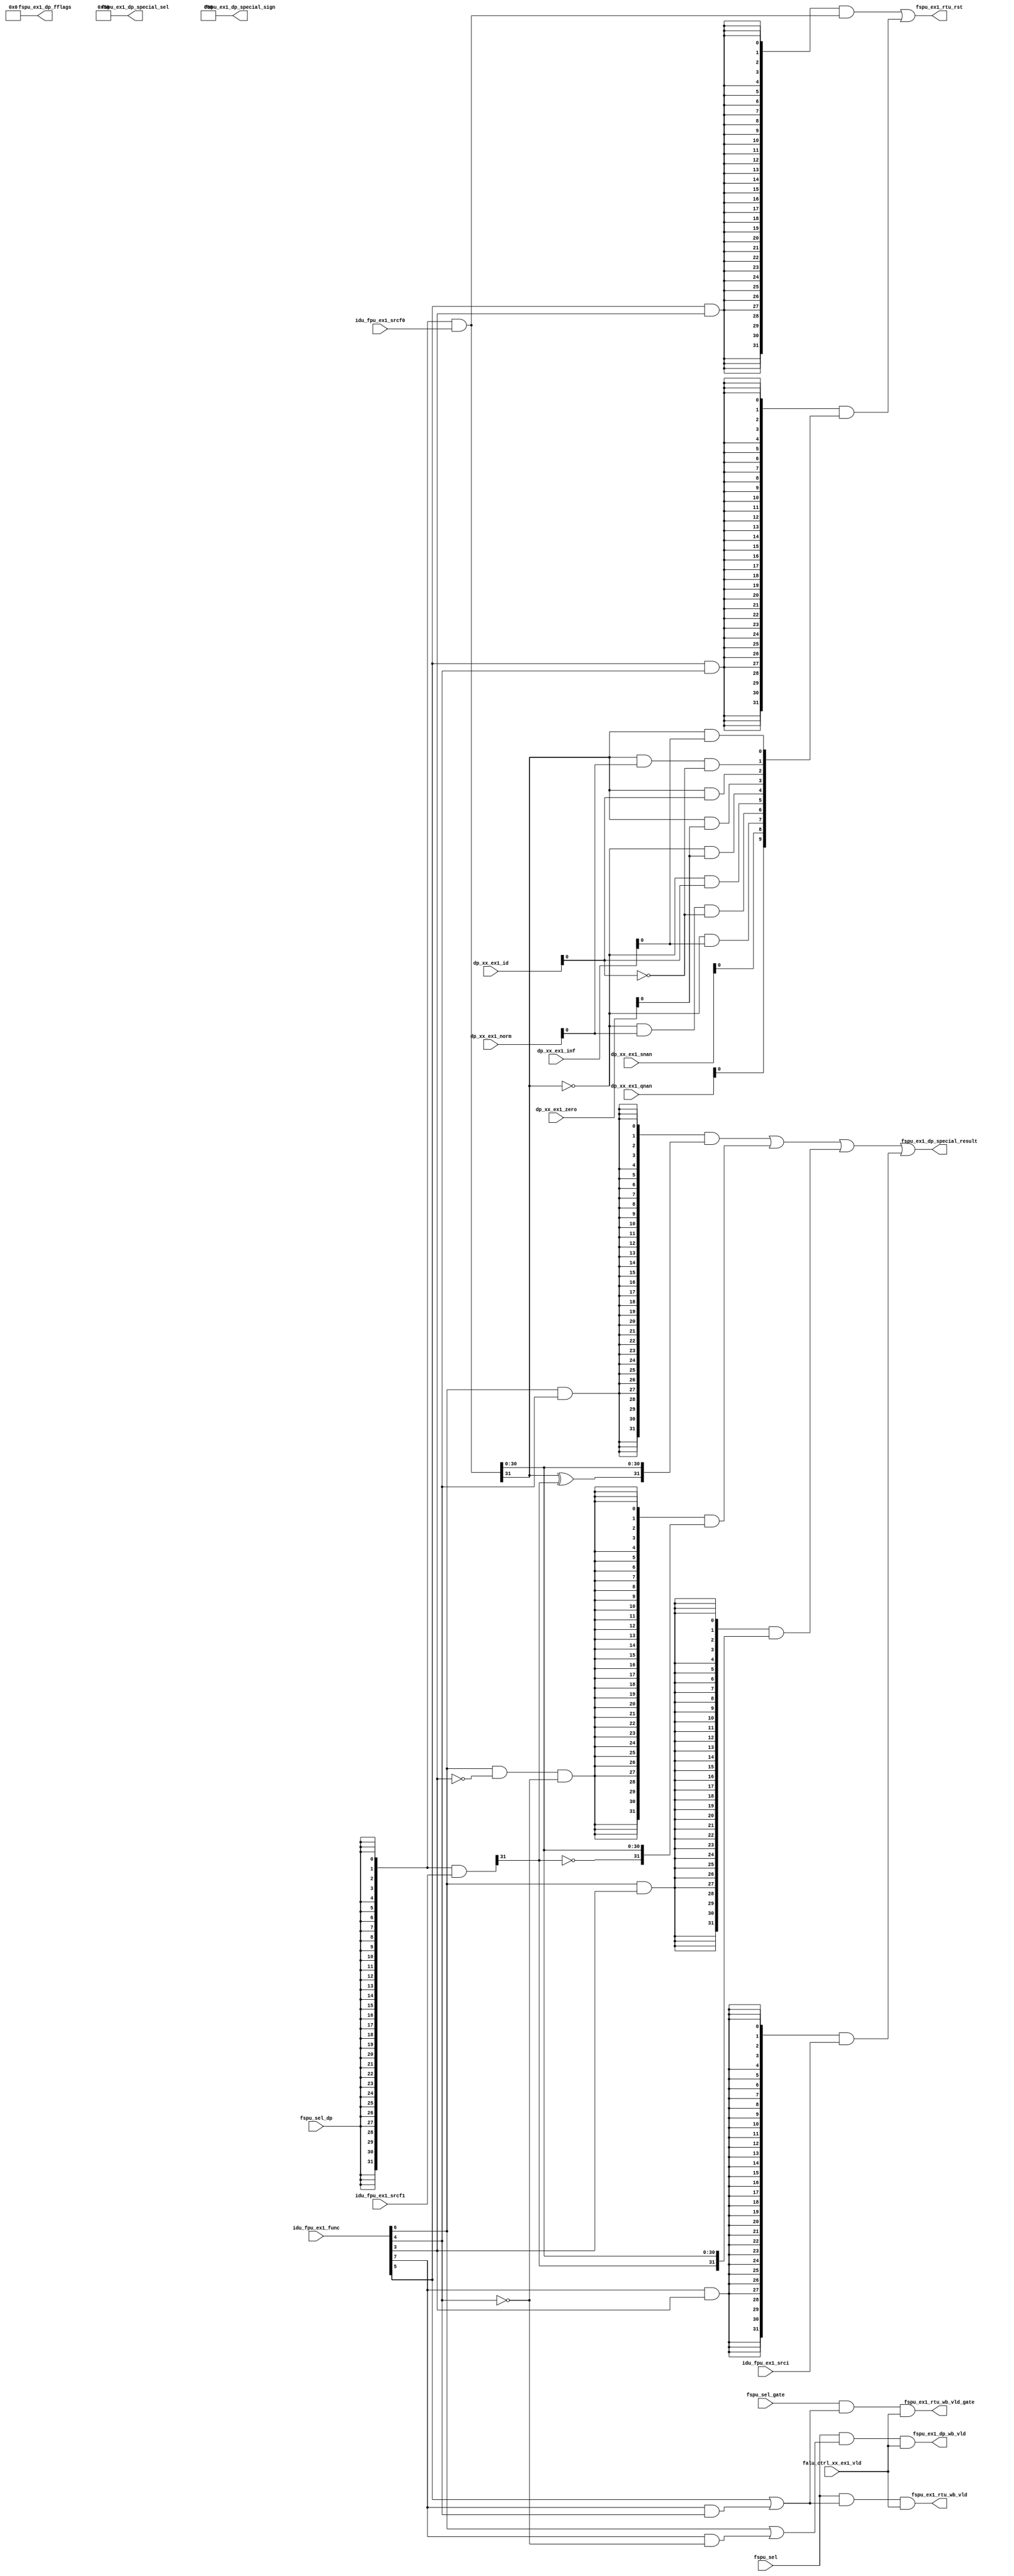
// This program was cloned from: https://github.com/T-head-Semi/opene906
// License: Apache License 2.0

/*Copyright 2020-2021 T-Head Semiconductor Co., Ltd.

Licensed under the Apache License, Version 2.0 (the "License");
you may not use this file except in compliance with the License.
You may obtain a copy of the License at

    http://www.apache.org/licenses/LICENSE-2.0

Unless required by applicable law or agreed to in writing, software
distributed under the License is distributed on an "AS IS" BASIS,
WITHOUT WARRANTIES OR CONDITIONS OF ANY KIND, either express or implied.
See the License for the specific language governing permissions and
limitations under the License.
*/

// &ModuleBeg; @23
module pa_fspu_single(
  dp_xx_ex1_id,
  dp_xx_ex1_inf,
  dp_xx_ex1_norm,
  dp_xx_ex1_qnan,
  dp_xx_ex1_snan,
  dp_xx_ex1_zero,
  falu_ctrl_xx_ex1_vld,
  fspu_ex1_dp_fflags,
  fspu_ex1_dp_special_result,
  fspu_ex1_dp_special_sel,
  fspu_ex1_dp_special_sign,
  fspu_ex1_dp_wb_vld,
  fspu_ex1_rtu_rst,
  fspu_ex1_rtu_wb_vld,
  fspu_ex1_rtu_wb_vld_gate,
  fspu_sel,
  fspu_sel_dp,
  fspu_sel_gate,
  idu_fpu_ex1_func,
  idu_fpu_ex1_srcf0,
  idu_fpu_ex1_srcf1,
  idu_fpu_ex1_srci
);

// &Ports; @24
input   [2 :0]  dp_xx_ex1_id;              
input   [2 :0]  dp_xx_ex1_inf;             
input   [2 :0]  dp_xx_ex1_norm;            
input   [2 :0]  dp_xx_ex1_qnan;            
input   [2 :0]  dp_xx_ex1_snan;            
input   [2 :0]  dp_xx_ex1_zero;            
input           falu_ctrl_xx_ex1_vld;      
input           fspu_sel;                  
input           fspu_sel_dp;               
input           fspu_sel_gate;             
input   [9 :0]  idu_fpu_ex1_func;          
input   [31:0]  idu_fpu_ex1_srcf0;         
input   [31:0]  idu_fpu_ex1_srcf1;         
input   [31:0]  idu_fpu_ex1_srci;          
output  [4 :0]  fspu_ex1_dp_fflags;        
output  [31:0]  fspu_ex1_dp_special_result; 
output  [7 :0]  fspu_ex1_dp_special_sel;   
output  [2 :0]  fspu_ex1_dp_special_sign;  
output          fspu_ex1_dp_wb_vld;        
output  [31:0]  fspu_ex1_rtu_rst;          
output          fspu_ex1_rtu_wb_vld;       
output          fspu_ex1_rtu_wb_vld_gate;  

// &Regs; @25

// &Wires; @26
wire    [2 :0]  dp_xx_ex1_id;              
wire    [2 :0]  dp_xx_ex1_inf;             
wire    [2 :0]  dp_xx_ex1_norm;            
wire    [2 :0]  dp_xx_ex1_qnan;            
wire    [2 :0]  dp_xx_ex1_snan;            
wire    [2 :0]  dp_xx_ex1_zero;            
wire    [31:0]  ex1_class_r;               
wire            ex1_dest_f;                
wire            ex1_dest_i;                
wire    [31:0]  ex1_f_rst;                 
wire    [31:0]  ex1_fmvwx_r;               
wire    [31:0]  ex1_fmvxw_r;               
wire    [31:0]  ex1_fsgnj_r;               
wire    [31:0]  ex1_fsgnjn_r;              
wire    [31:0]  ex1_fsgnjx_r;              
wire    [31:0]  ex1_i_rst;                 
wire    [31:0]  ex1_int_src;               
wire    [31:0]  ex1_op0_single;            
wire    [31:0]  ex1_op1_single;            
wire            ex1_op_class;              
wire            ex1_op_fmvwx;              
wire            ex1_op_fmvxw;              
wire            ex1_op_fsgnj;              
wire            ex1_op_fsgnjn;             
wire            ex1_op_fsgnjx;             
wire    [31:0]  ex1_src0;                  
wire            ex1_src0_dn;               
wire            ex1_src0_inf;              
wire            ex1_src0_norm;             
wire            ex1_src0_qnan;             
wire            ex1_src0_sign;             
wire            ex1_src0_snan;             
wire            ex1_src0_zero;             
wire    [31:0]  ex1_src1;                  
wire            ex1_src1_sign;             
wire            falu_ctrl_xx_ex1_vld;      
wire    [4 :0]  fspu_ex1_dp_fflags;        
wire    [31:0]  fspu_ex1_dp_special_result; 
wire    [7 :0]  fspu_ex1_dp_special_sel;   
wire    [2 :0]  fspu_ex1_dp_special_sign;  
wire            fspu_ex1_dp_wb_vld;        
wire    [31:0]  fspu_ex1_rtu_rst;          
wire            fspu_ex1_rtu_wb_vld;       
wire            fspu_ex1_rtu_wb_vld_gate;  
wire            fspu_sel;                  
wire            fspu_sel_dp;               
wire            fspu_sel_gate;             
wire    [9 :0]  idu_fpu_ex1_func;          
wire    [31:0]  idu_fpu_ex1_srcf0;         
wire    [31:0]  idu_fpu_ex1_srcf1;         
wire    [31:0]  idu_fpu_ex1_srci;          


// &Force("bus", "dp_xx_ex1_snan", 2, 0); @28
// &Force("bus", "dp_xx_ex1_qnan", 2, 0); @29
// &Force("bus", "dp_xx_ex1_norm", 2, 0); @30
// &Force("bus", "dp_xx_ex1_zero", 2, 0); @31
// &Force("bus", "dp_xx_ex1_inf", 2, 0); @32
// &Force("bus", "dp_xx_ex1_id", 2, 0); @33
// &Force("bus", "idu_fpu_ex1_func", 9, 0); @34


//------------------------------------------------------------------------------
//                           Interface with idu and fpu:
//------------------------------------------------------------------------------
assign ex1_src0[31:0]    = {32{fspu_sel_dp}} & idu_fpu_ex1_srcf0[31:0];
assign ex1_src1[31:0]    = {32{fspu_sel_dp}} & idu_fpu_ex1_srcf1[31:0];
assign ex1_int_src[31:0] = idu_fpu_ex1_srci[31:0];
//assign fspu_sel          = ctrl_falu_ex1_sel && idu_fpu_ex1_func[2];
//assign fspu_ex1_sel      = fspu_sel;
assign ex1_op_fsgnjx     = idu_fpu_ex1_func[6] &&  idu_fpu_ex1_func[4];
assign ex1_op_fsgnjn     = idu_fpu_ex1_func[6] && !idu_fpu_ex1_func[3] && !idu_fpu_ex1_func[4];
assign ex1_op_fsgnj      = idu_fpu_ex1_func[6] &&  idu_fpu_ex1_func[3];
assign ex1_op_fmvwx      = idu_fpu_ex1_func[7] &&  idu_fpu_ex1_func[3];
assign ex1_op_fmvxw      = idu_fpu_ex1_func[5] &&  idu_fpu_ex1_func[3];
assign ex1_op_class      = idu_fpu_ex1_func[5] &&  idu_fpu_ex1_func[4];
assign ex1_dest_f        = idu_fpu_ex1_func[6] ||  idu_fpu_ex1_func[7] && !idu_fpu_ex1_func[4];
assign ex1_dest_i        = idu_fpu_ex1_func[5] ||  idu_fpu_ex1_func[7] &&  idu_fpu_ex1_func[4];

assign ex1_src0_snan     = dp_xx_ex1_snan[0];
assign ex1_src0_qnan     = dp_xx_ex1_qnan[0];
assign ex1_src0_norm     = dp_xx_ex1_norm[0];
assign ex1_src0_zero     = dp_xx_ex1_zero[0];
assign ex1_src0_inf      = dp_xx_ex1_inf[0];
assign ex1_src0_dn       = dp_xx_ex1_id[0];
assign ex1_src0_sign     = ex1_op0_single[31];
assign ex1_src1_sign     = ex1_op1_single[31];

assign ex1_op0_single[31:0] = ex1_src0[31:0];
assign ex1_op1_single[31:0] = ex1_src1[31:0];


//------------------------------------------------------------------------------
//                           FCLASS Instruction:
//------------------------------------------------------------------------------
//class: r[9:0] = {qnan, snan, +inf, +nm, +dn, +0, -0, -dn, -nm, -inf}
assign ex1_class_r[31:0] = {
                            22'b0,
                            ex1_src0_qnan,
                            ex1_src0_snan,
                           !ex1_src0_sign && ex1_src0_inf,
                           !ex1_src0_sign && ex1_src0_norm && !ex1_src0_dn,
                           !ex1_src0_sign && ex1_src0_dn,
                           !ex1_src0_sign && ex1_src0_zero,
                            ex1_src0_sign && ex1_src0_zero,
                            ex1_src0_sign && ex1_src0_dn,
                            ex1_src0_sign && ex1_src0_norm && !ex1_src0_dn,
                            ex1_src0_sign && ex1_src0_inf};


//------------------------------------------------------------------------------
//                           FSGNJ Instruction:
//------------------------------------------------------------------------------
//fsgnjx : r_s = s0_s ^ s1_s
//fsgnjn : r_s = ~s1_s
//fsgnj  : r_s = s1_s
assign ex1_fsgnjx_r[31:0] = {ex1_src0_sign ^ ex1_src1_sign, ex1_op0_single[30:0]};
assign ex1_fsgnjn_r[31:0] = {~ex1_src1_sign, ex1_op0_single[30:0]};
assign ex1_fsgnj_r[31:0]  = {ex1_src1_sign, ex1_op0_single[30:0]};


//------------------------------------------------------------------------------
//                           FMV Instruction:
//------------------------------------------------------------------------------
//fmv.x.w  : mov low 32bits float to int regsiter
//fmv.w.x  : mov from int register to low 32bit float regsiter
assign ex1_fmvwx_r[31:0]  = ex1_int_src[31:0];
assign ex1_fmvxw_r[31:0]  = ex1_src0[31:0];


//------------------------------------------------------------------------------
//                           Merge float and int result:
//------------------------------------------------------------------------------
assign ex1_f_rst[31:0] = {32{ex1_op_fsgnjx}}  & ex1_fsgnjx_r[31:0] |
                         {32{ex1_op_fsgnjn}}  & ex1_fsgnjn_r[31:0] |
                         {32{ex1_op_fsgnj}}   & ex1_fsgnj_r[31:0]  |
                         {32{ex1_op_fmvwx}}   & ex1_fmvwx_r[31:0];
assign ex1_i_rst[31:0] = {32{ex1_op_fmvxw}}   & ex1_fmvxw_r[31:0]   |
                         {32{ex1_op_class}}   & ex1_class_r[31:0];


//------------------------------------------------------------------------------
//                            Float result rename for output:
//------------------------------------------------------------------------------
assign fspu_ex1_dp_wb_vld  = fspu_sel && ex1_dest_f && falu_ctrl_xx_ex1_vld;
assign fspu_ex1_dp_special_sel[7:0] = {1'b1, 7'b0};
assign fspu_ex1_dp_fflags[4:0] = 5'b0;


//------------------------------------------------------------------------------
//                            Int result rename for output:
//------------------------------------------------------------------------------
assign fspu_ex1_rtu_wb_vld = fspu_sel && ex1_dest_i && falu_ctrl_xx_ex1_vld;
assign fspu_ex1_rtu_wb_vld_gate         = fspu_sel_gate && ex1_dest_i && falu_ctrl_xx_ex1_vld;

assign fspu_ex1_rtu_rst[31:0]  = ex1_i_rst[31:0];
//assign fspu_ex1_rtu_fflags[4:0] = 5'b0;
assign fspu_ex1_dp_special_sign[2:0] = 3'b0;
assign fspu_ex1_dp_special_result[31:0] = ex1_f_rst[31:0];



// &ModuleEnd; @137
endmodule